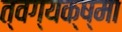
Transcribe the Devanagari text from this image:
त्वग्यक्ष्मा